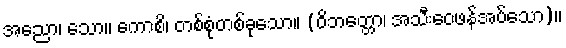
အညော၊ သော။ ကောစိ၊ တစ်စုံတစ်ခုသော။ (ဝိဘတ္တော၊ အသီးဝေဖန်အပ်သော)။